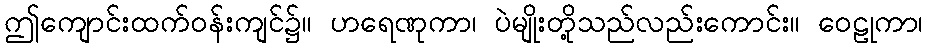
ဤကျောင်းထက်ဝန်းကျင်၌။ ဟရေဏုကာ၊ ပဲမျိုးတို့သည်လည်းကောင်း။ ဝေဠုကာ၊